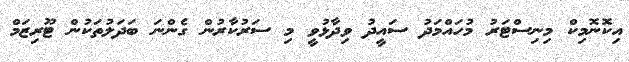
އިކޮނޮމިކް މިނިސްޓަރު މުހައްމަދު ސައީދު ވިދާޅުވީ މި ސަރުކާރުން ގެންނަ ބަދަލުތަކުން ޓޫރިޒަމް